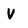
Character: V